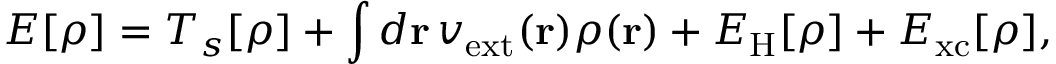
E [ \rho ] = T _ { s } [ \rho ] + \int d \mathbf { r } \, v _ { \mathrm { e x t } } ( \mathbf { r } ) \rho ( \mathbf { r } ) + E _ { \mathrm { H } } [ \rho ] + E _ { \mathrm { x c } } [ \rho ] ,